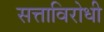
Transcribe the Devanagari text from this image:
सत्ताविरोधी